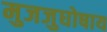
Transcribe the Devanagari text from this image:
मुजजुघोषाय